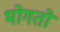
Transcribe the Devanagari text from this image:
भोगतो